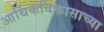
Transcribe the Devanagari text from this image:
आर्थिकविकासाच्या